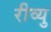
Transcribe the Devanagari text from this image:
रीव्यु